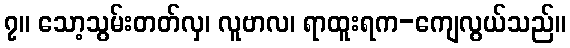
၇။ သော့သွမ်းတတ်လှ၊ လူဗာလ၊ ရာထူးရက-ကျေလွယ်သည်။